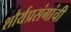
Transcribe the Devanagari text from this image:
शौर्यप्रसंगांची